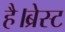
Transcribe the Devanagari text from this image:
है।ब्रेस्ट